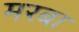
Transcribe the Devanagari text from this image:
मरबा